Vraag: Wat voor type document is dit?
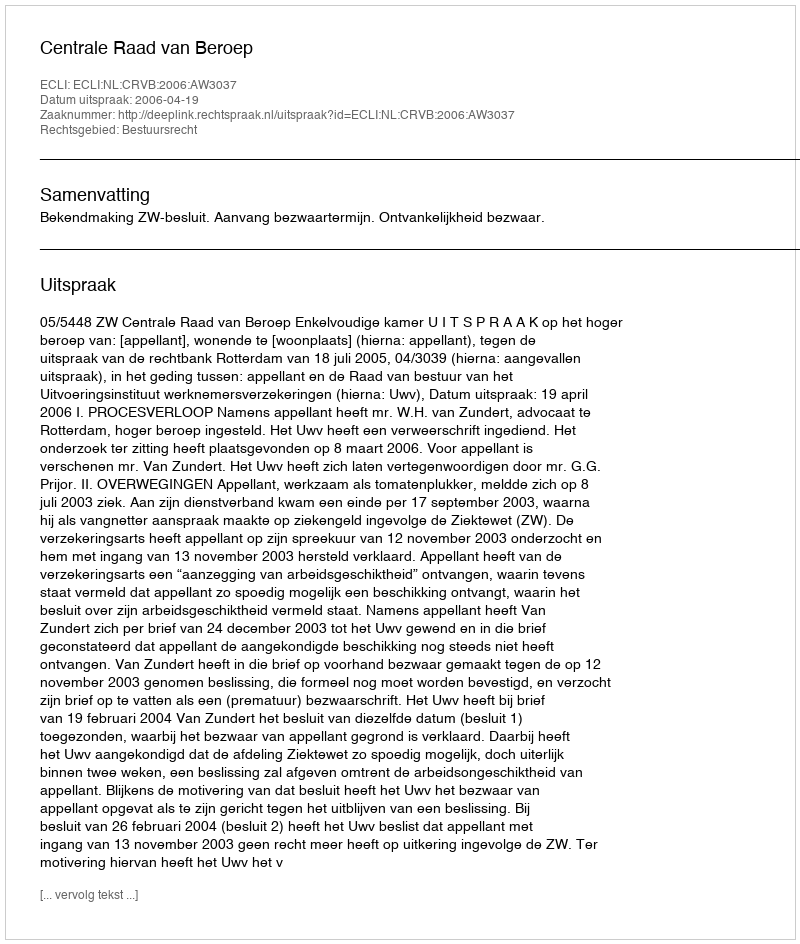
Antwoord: Uitspraak